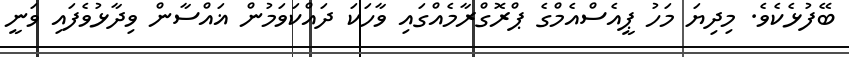
ބޭފުޅެކެވެ. މިދިޔަ މަހު ޕީއެސްއެމްގެ ޕްރޮގްރާމެއްގައި ވާހަކަ ދައްކަވަމުން ޣައްސާން ވިދާޅުވެފައި ވަނީ